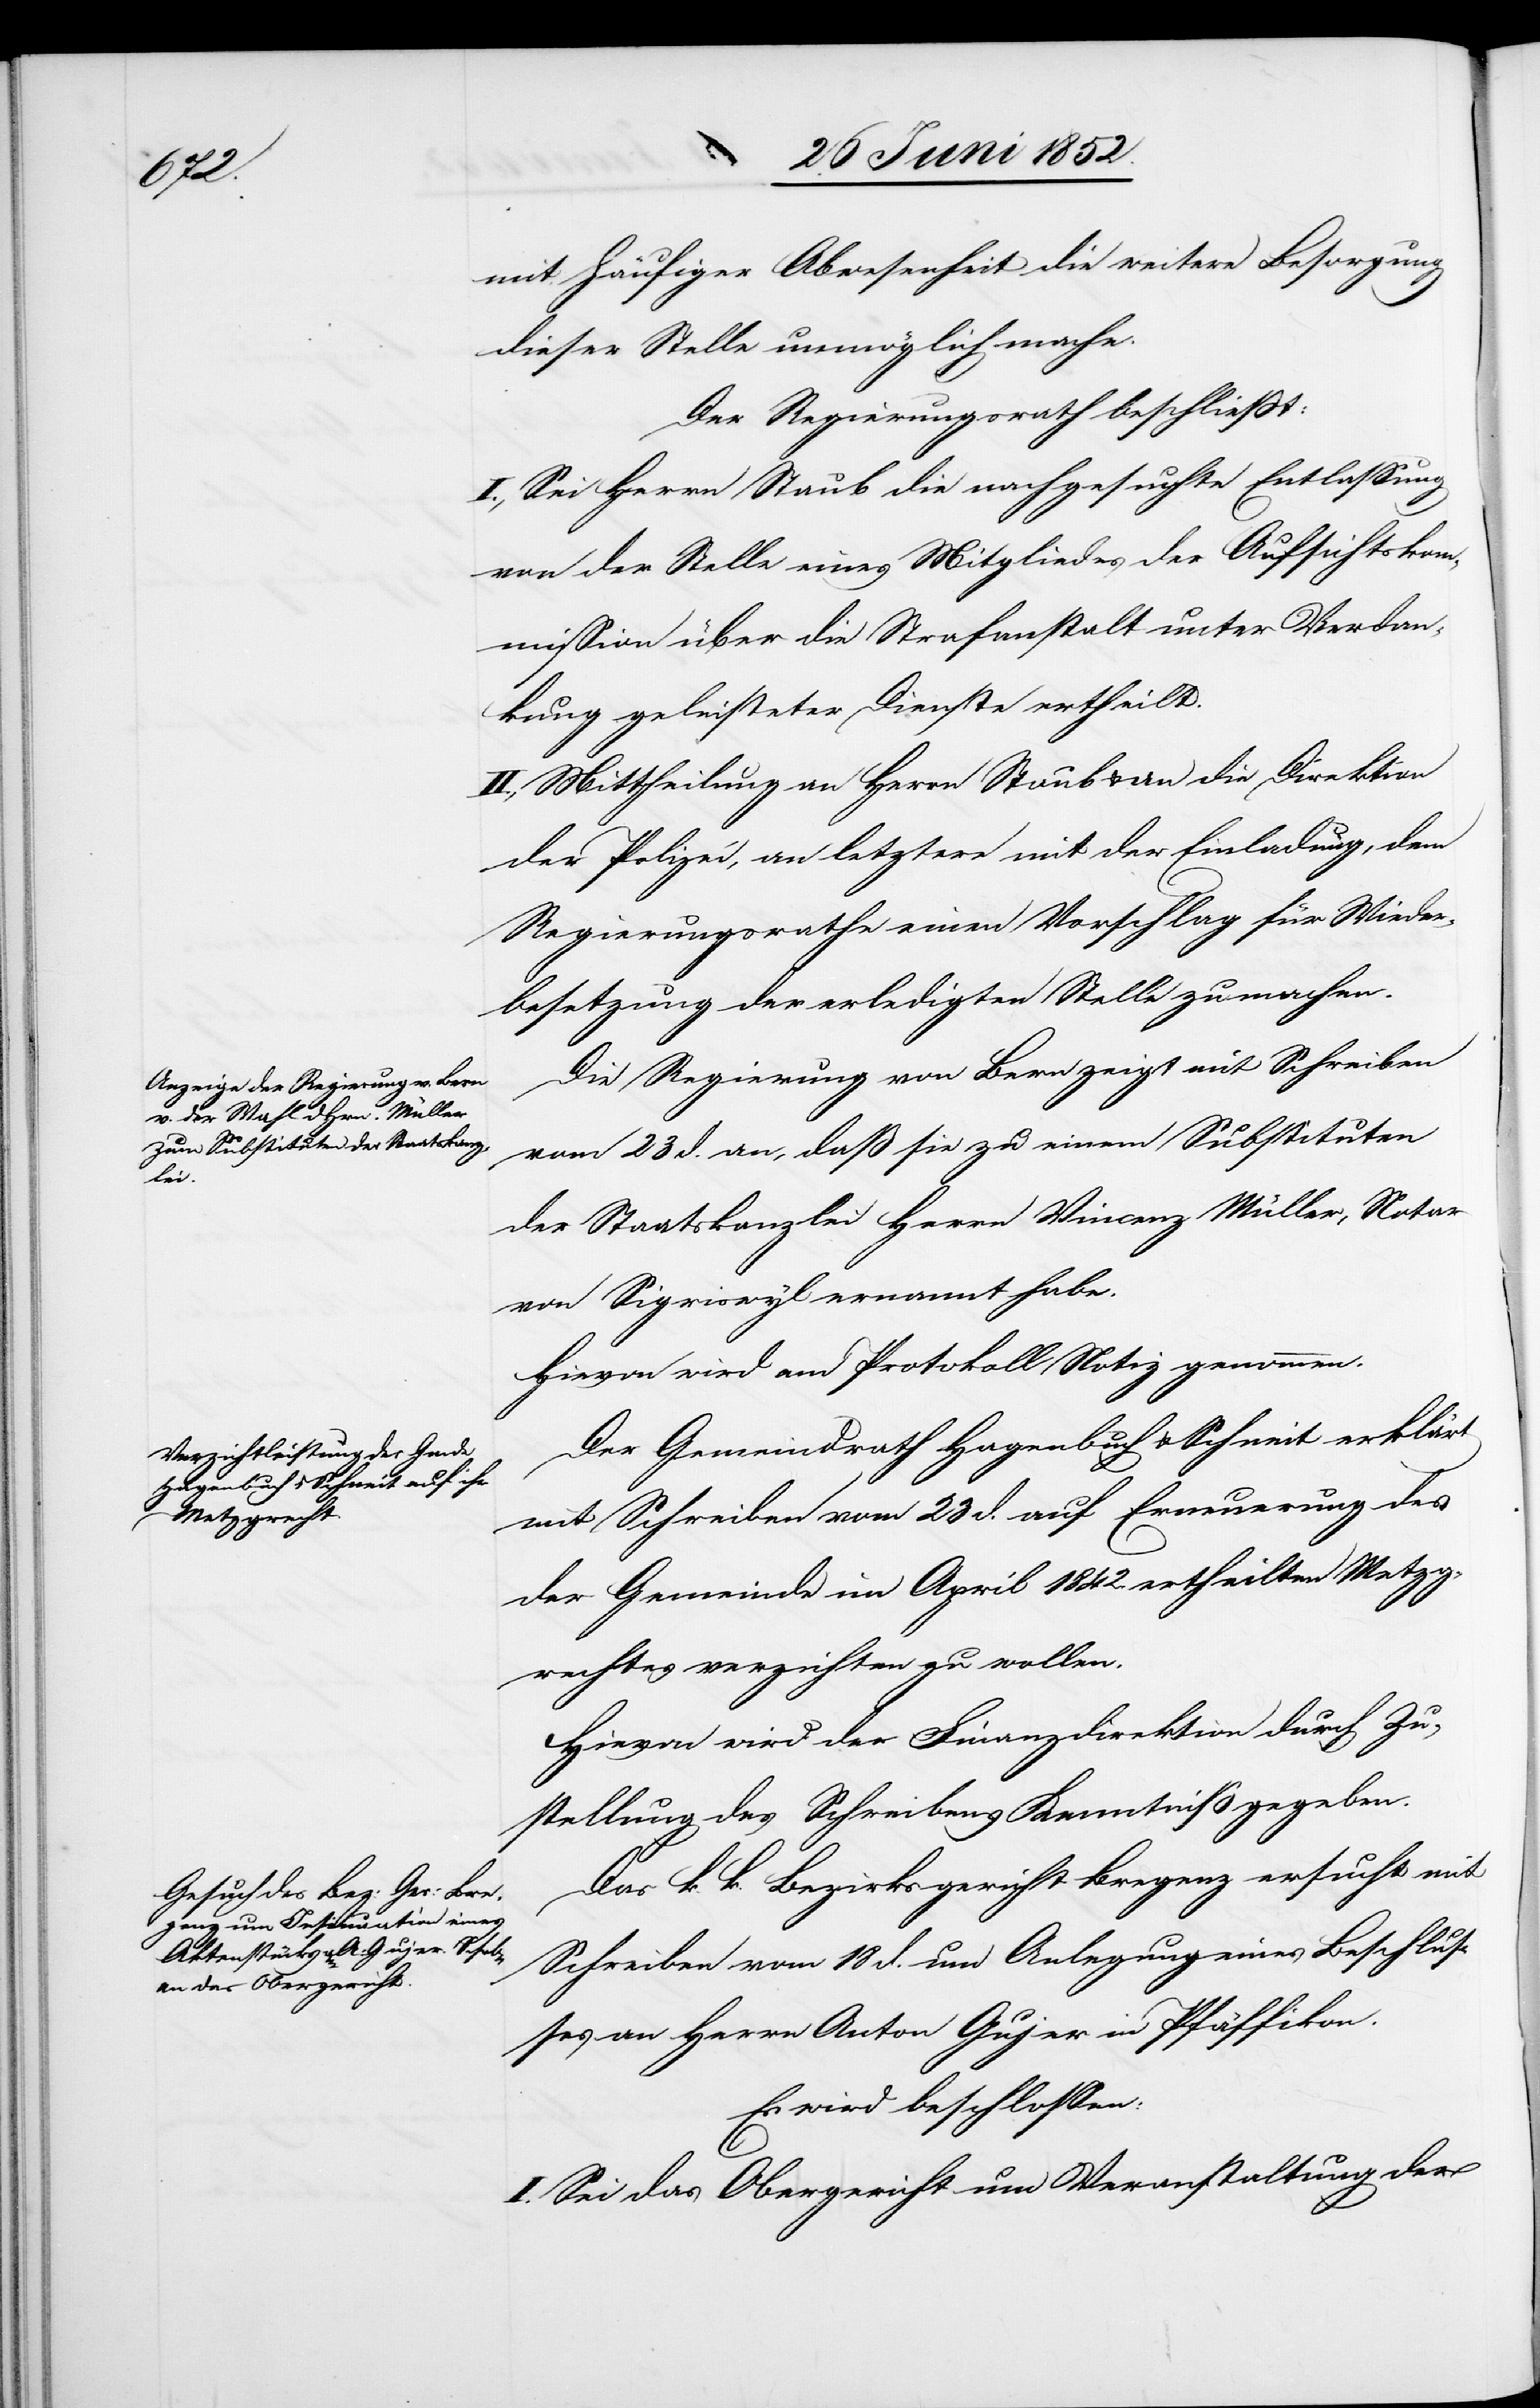
mit häufiger Abwesenheit die weitere Besorgung
dieser Stelle unmöglich mache.
Der Regierungsrath beschliesst:
I., Sei Herrn Staub die nachgesuchte Entlassung
von der Stelle eines Mitgliedes der Aufsichtskom¬
mission über die Strafanstalt unter Verdan¬
kung geleisteter Dienste ertheilt.
II., Mittheilung an Herrn Staub & an die Direktion
der Polizei, an letztere mit der Einladung, dem
Regierungsrathe einen Vorschlag für Wieder¬
besetzung der erledigten Stelle zu machen.
Die Regierung von Bern zeigt mit Schreiben
vom 23 d. an, daß sie zu einem Substituten
der Staatskanzlei Herrn Vincenz Müller, Notar
von Sigriswyl ernannt habe.
Hievon wird am Protokoll Notiz genommen.
Der Gemeindrath Hagenbuch & Schneit erklärt
mit Schreiben vom 23 d. auf Erneuerung des
der Gemeinde im April 1842. ertheilten Metzg¬
rechtes verzichten zu wollen.
Hievon wird der Finanzdirektion durch Zu¬
stellung des Schreibens Kenntniß gegeben.
Das k. k. Bezirksgericht Bregenz ersucht mit
Schreiben vom 18 d. um Anlegung eines Beschlus¬
ses an Herrn Anton Gujer in Pfäffikon.
Es wird beschlossen:
I. Sei das Obergericht um Veranstaltung der